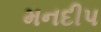
મનદીપ